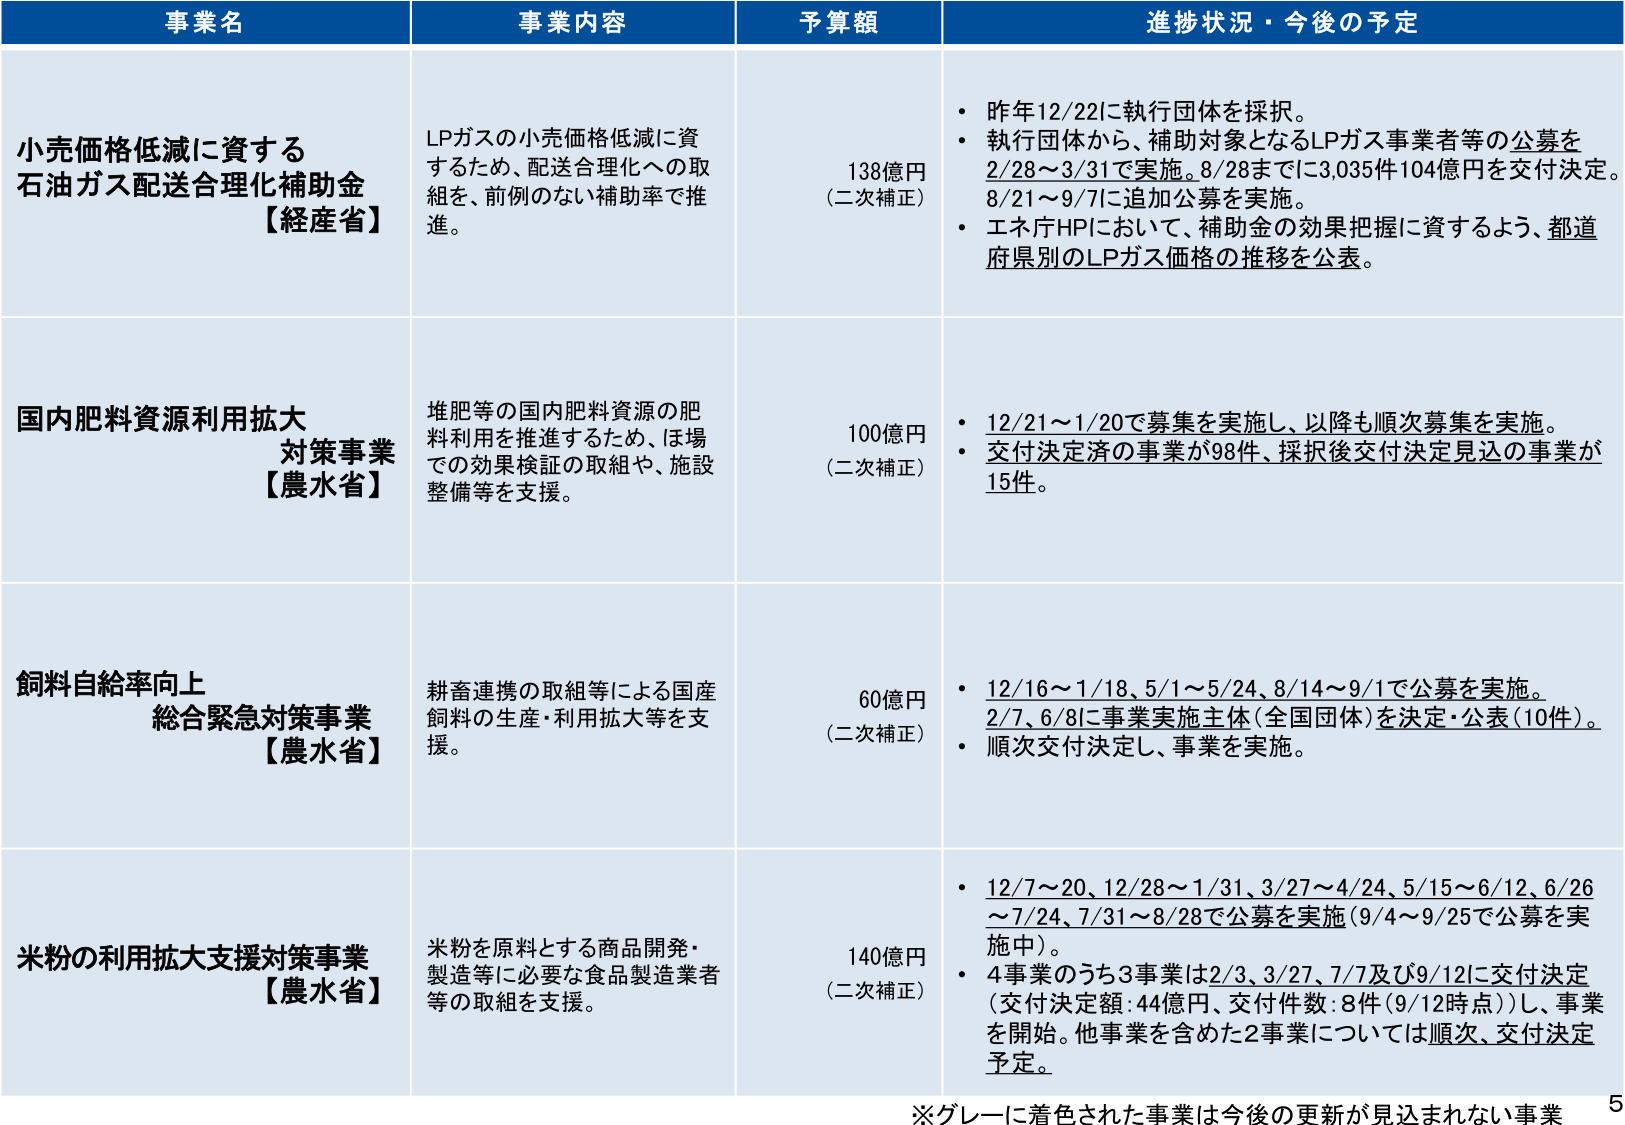
事業名 事業内容 予算額 進捗状況・今後の予定
小売価格低減に資する 石油ガス配送合理化補助金 【経産省】 LPガスの小売価格低減に資 するため、配送合理化への取 組を、前例のない補助率で推 進。 138億円 （二次補正） • 昨年12/22に執行団体を採択。 • 執行団体から、補助対象となるLPガス事業者等の公募を 2/28～3/31で実施。8/28までに3,035件104億円を交付決定。 8/21～9/7に追加公募を実施。 • エネ庁HPにおいて、補助金の効果把握に資するよう、都道 府県別のLPガス価格の推移を公表。
国内肥料資源利用拡大 対策事業 【農水省】 堆肥等の国内肥料資源の肥 料利用を推進するため、ほ場 での効果検証の取組や、施設 整備等を支援。 100億円 （二次補正） • 12/21～1/20で募集を実施し、以降も順次募集を実施。 • 交付決定済の事業が98件、採択後交付決定見込の事業が 15件。
飼料自給率向上 総合緊急対策事業 【農水省】 耕畜連携の取組等による国産 飼料の生産・利用拡大等を支 援。 60億円 （二次補正） • 12/16～1/18、5/1～5/24、8/14～9/1で公募を実施。 2/7、6/8に事業実施主体（全国団体）を決定・公表（10件）。 • 順次交付決定し、事業を実施。
米粉の利用拡大支援対策事業 【農水省】 米粉を原料とする商品開発・ 製造等に必要な食品製造業者 等の取組を支援。 140億円 （二次補正） • 12/7～20、12/28～1/31、3/27～4/24、5/15～6/12、6/26 ～7/24、7/31～8/28で公募を実施（9/4～9/25で公募を実 施中）。 • 4事業のうち3事業は2/3、3/27、7/7及び9/12に交付決定 （交付決定額：44億円、交付件数：8件（9/12時点））、事業 を開始。他事業を含めた2事業については順次、交付決定 予定。
※グレーに着色された事業は今後の更新が見込まれない事業 5